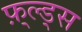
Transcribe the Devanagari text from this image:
फ़्ल्ड्स